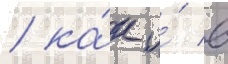
/ ка́к и́ в